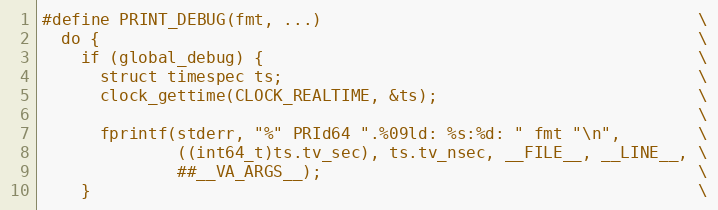
Language: C
#define PRINT_DEBUG(fmt, ...)                                       \
  do {                                                              \
    if (global_debug) {                                             \
      struct timespec ts;                                           \
      clock_gettime(CLOCK_REALTIME, &ts);                           \
                                                                    \
      fprintf(stderr, "%" PRId64 ".%09ld: %s:%d: " fmt "\n",        \
              ((int64_t)ts.tv_sec), ts.tv_nsec, __FILE__, __LINE__, \
              ##__VA_ARGS__);                                       \
    }                                                               \